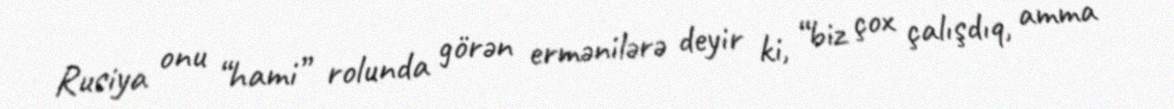
Rusiya onu “hami” rolunda görən ermənilərə deyir ki, “biz çox çalışdıq, amma